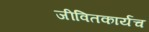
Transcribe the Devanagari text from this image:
जीवितकार्यच